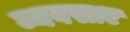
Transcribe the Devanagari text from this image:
व्यवसाए